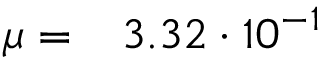
\mu = \phantom { - } 3 . 3 2 \cdot 1 0 ^ { - 1 }